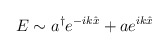
\begin{align*}E\sim a^{\dagger} e^{-ik\hat{x}} + a e^{ik\hat{x}}\end{align*}